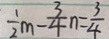
\frac { 1 } { 2 } m - \frac { 3 } { 4 } n = \frac { 3 } { 4 }